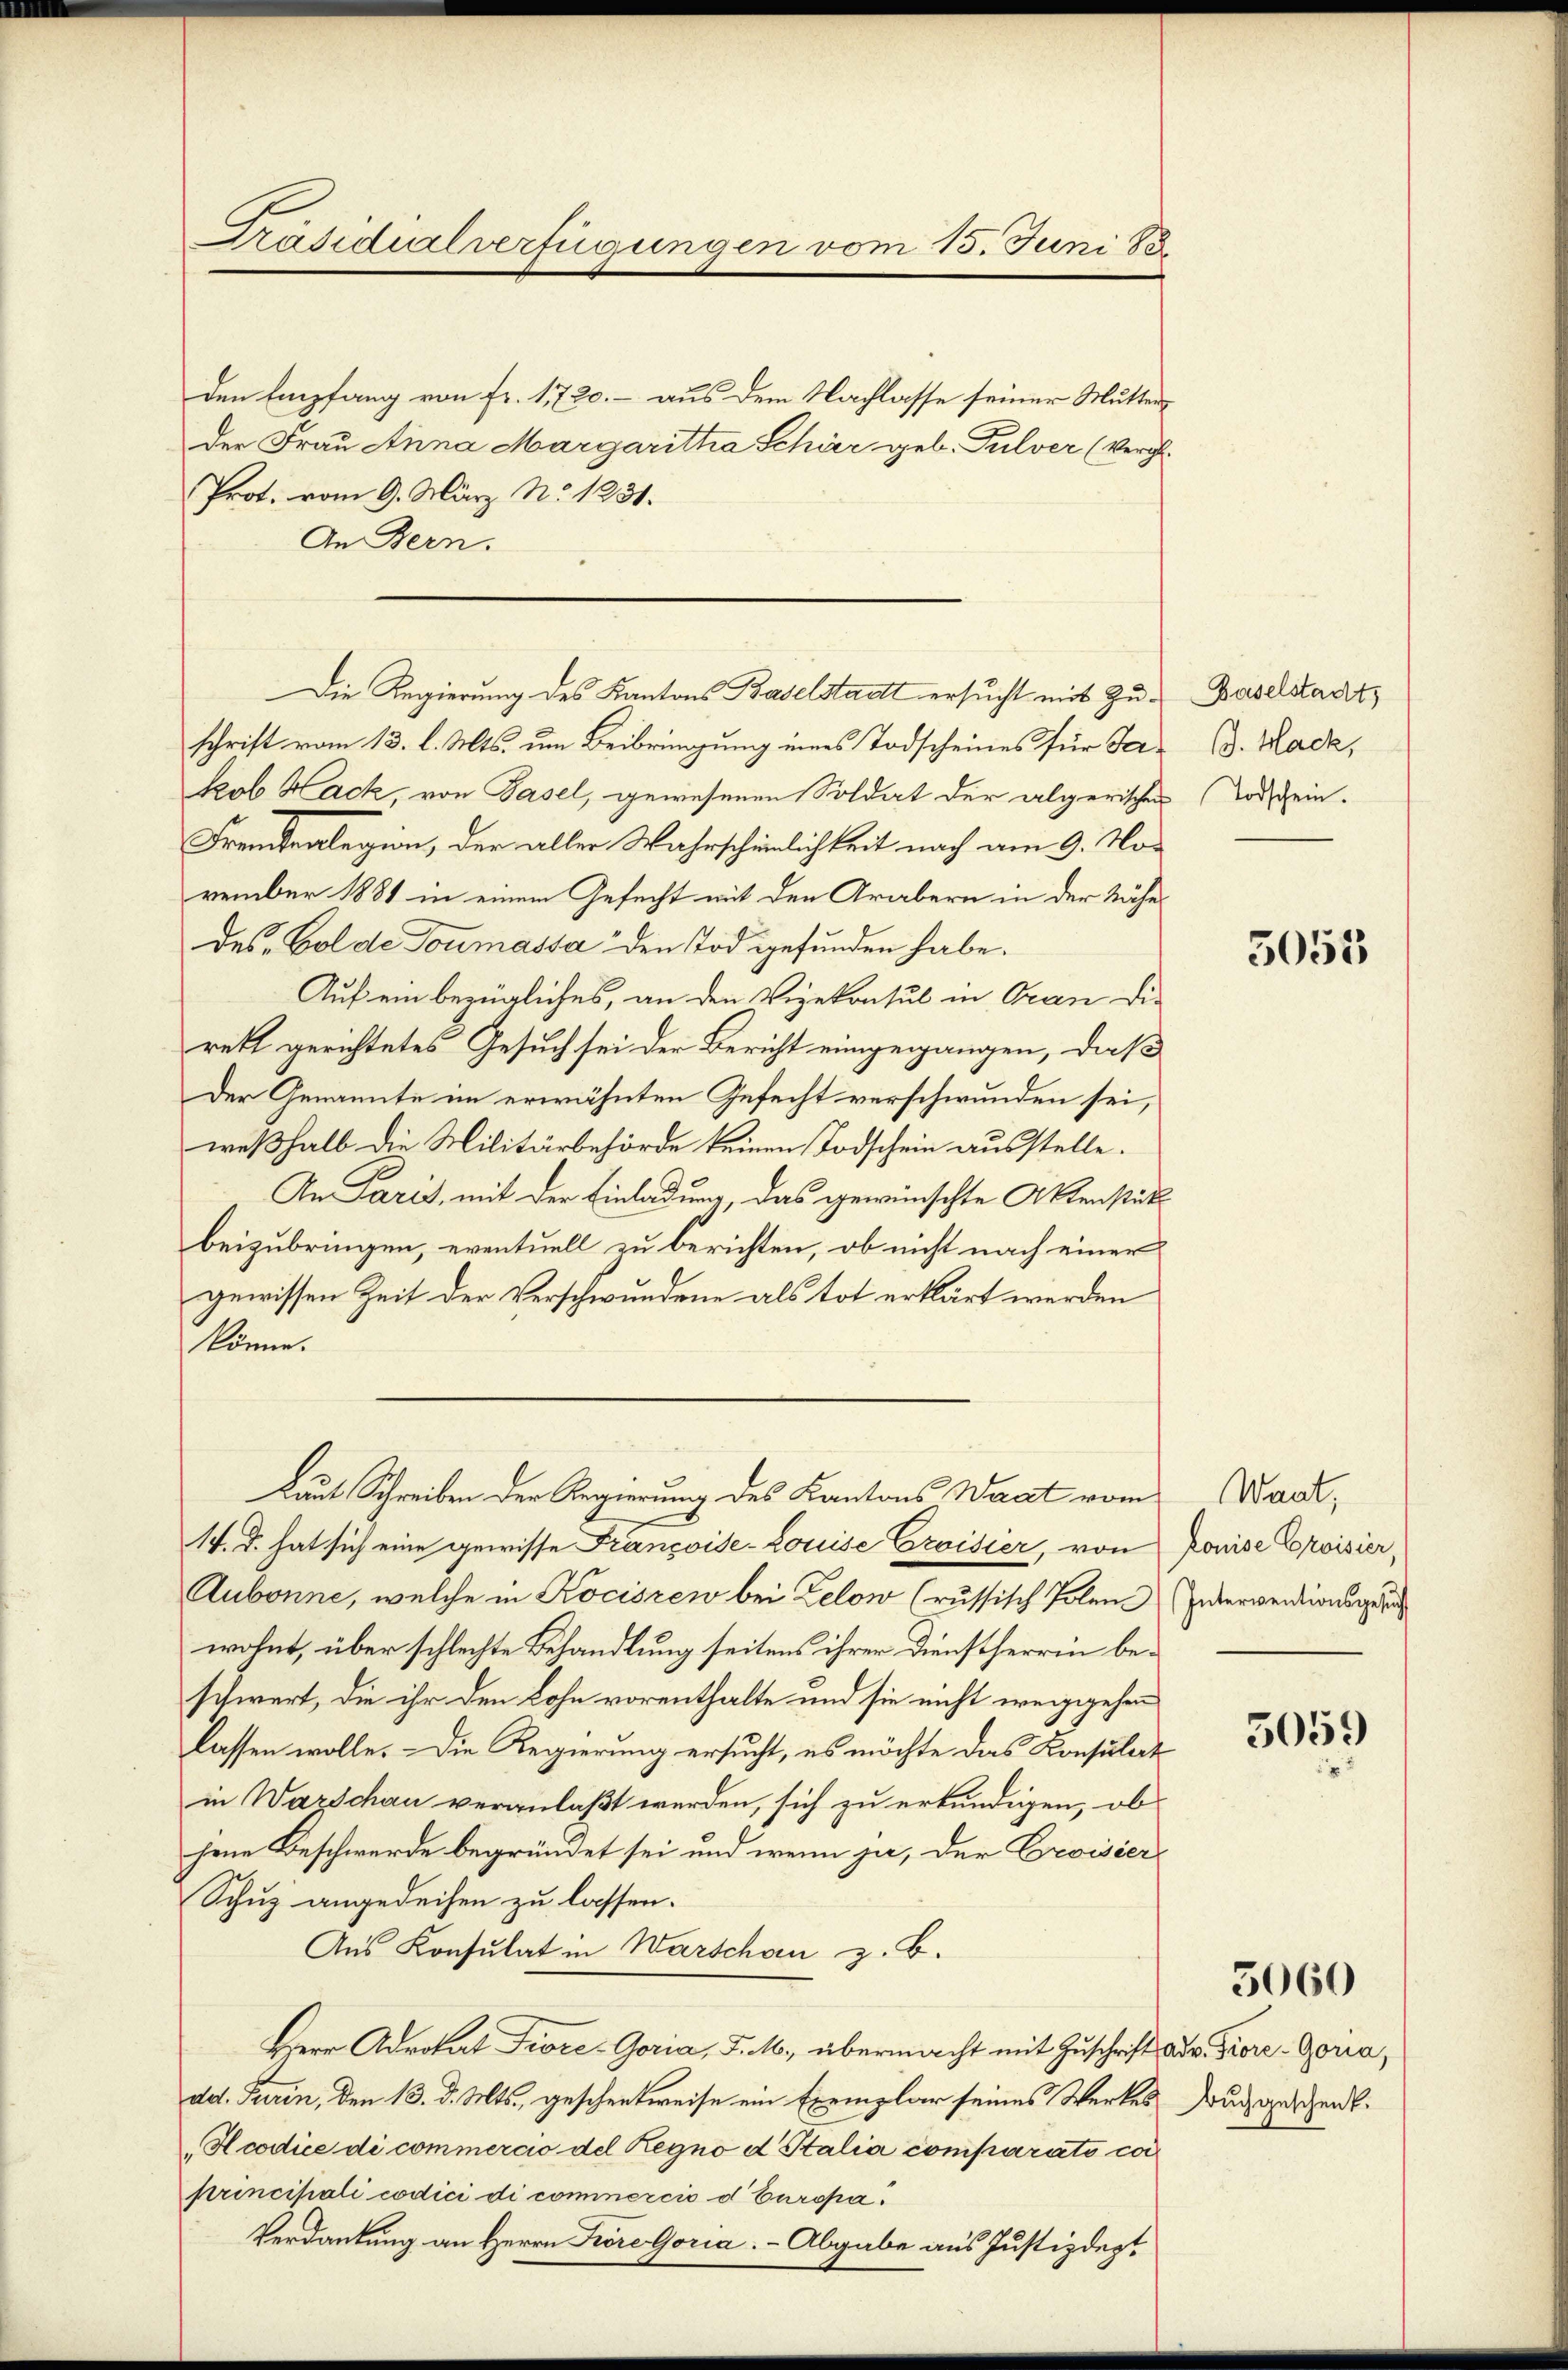
Präsidialverfügungen vom 15. Juni 183.

den Empfang von Fr. 11720.- aus dem Nachlasse seiner Mutterder Frau Anna Margaritha Schirr geb. Pulver (Vergl.
Prot. vom 9. März No 1231.
An Bern.
schrift vom 13. l. Mts. um Beibringung eines Todscheines für Takob Hack, von Basel, gewesenen Soldat der algerischen Tod ein-
Fremdealegion, der aller Wahrscheinlichkeit nach am 9. November 1881 in einem Gesucht mit den Arabern in der Nähe
des Golde Tonmassa den Tod gefunden habe.
Auf ein bezügliches, an den Vizekonsul in Gran die
rett gerichtetes Gesuch sei der Bericht eingegangen, daß
Der Genannte im erwähnten Gefecht verschwunden sei,
weßhalb die Militärbehörde keinen Todschein ausstelle.
An Paris, mit der Einladung, das gewünschte Aktenstükbeizubringen, eventuell zu berichten, ob nicht nach einer
gewissen Zeit der Verschwundene als tot erklärt werden
könne.
Laut Schreiben der Regierung des Kantons Waat vom
14. d. hat sich eine gewisse Françoise-Louise Croister, von Ponise Eroisier,
Aubonne, welche in Kociszen bei Zelow (russisch Polen anderwendingung
wohnt, über schlechte Behandlung seitens ihrer Dienstherren beschwert, die ihr den Lohn vorenthalte und sie nicht weigegehen
lassen wolle. - Die Regierung ersucht, es möchte das Konsulat
in Warschau veranlaßt werden, sich zu erkundigen, ob
hene Beschwerde begründet sei und wenn ja, der Eroisier
Schuz angedeihen zu lassen.
Aus Konsulat in Warschon z. B.
Berr Advokat Fiore-Goria, J. M., übermacht mit Zuschrift adv Fiore-Gorca,
dd. Turin, den 13. d. Mts. geschenkweise ein Exemplar seines Werkes durchgeschenkt.
Hcodice di commercio del Regno d Stalia comparato ca
principali codici di cominercio d Europa¬
Verdankung an Herrn Kore Goria. - Abgabe aus Justizdept

Die Regierung des Kantons Baselstadt ersucht mit Zu¬

Baselstadts
B. Mack,

5055

Waat,

5059

5060